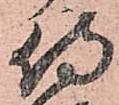
侍